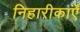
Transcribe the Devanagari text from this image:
निहारीकाएँ